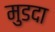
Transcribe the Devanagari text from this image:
मुडदा